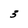
Character: 3